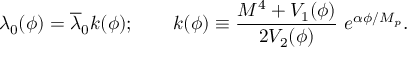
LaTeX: \lambda _ { 0 } ( \phi ) = \overline { { { \lambda } } } _ { 0 } k ( \phi ) ; \qquad k ( \phi ) \equiv \frac { M ^ { 4 } + V _ { 1 } ( \phi ) } { 2 V _ { 2 } ( \phi ) } \ e ^ { \alpha \phi / M _ { p } } .